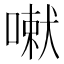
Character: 𭊄